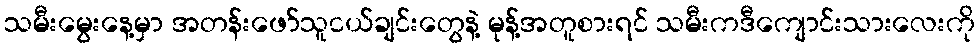
သမီးမွေးနေ့မှာ အတန်းဖော်သူငယ်ချင်းတွေနဲ့ မုန့်အတူစားရင် သမီးကဒီကျောင်းသားလေးကို